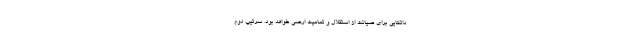
داتکایی برای صیانت از استقلال و تمامیت ارضی خواهد بود. سرتیپ دوم